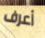
أعرف